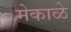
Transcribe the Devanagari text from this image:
मेकाळे